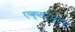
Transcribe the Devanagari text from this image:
एक्सर्प्टा